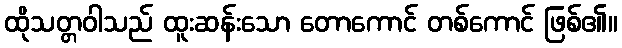
ထိုသတ္တဝါသည် ထူးဆန်းသော တောကောင် တစ်ကောင် ဖြစ်၏။